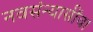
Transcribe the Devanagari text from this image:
नवसंन्यासींचा